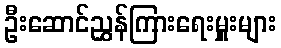
ဦးဆောင်ညွှန်ကြားရေးမှူးများ